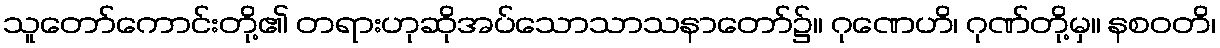
သူတော်ကောင်းတို့၏ တရားဟုဆိုအပ်သောသာသနာတော်၌။ ဂုဏေဟိ၊ ဂုဏ်တို့မှ။ နစဝတိ၊